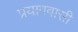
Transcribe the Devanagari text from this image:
प्रयागवासी